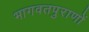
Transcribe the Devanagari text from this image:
भागवतपुराणों